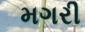
મગરી